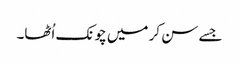
جسے سن کر میں چونک اُٹھا۔